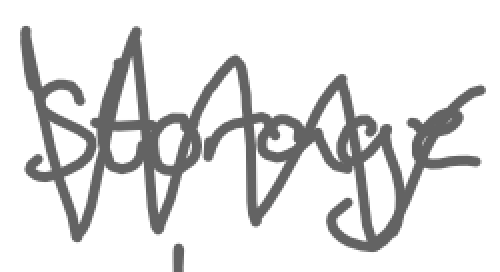
Text: storage
Cross-out: zig-zag
Writing tool: digital_gray